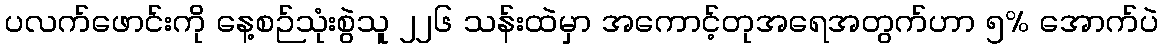
ပလက်ဖောင်းကို နေ့စဉ်သုံးစွဲသူ ၂၂၆ သန်းထဲမှာ အကောင့်တုအရေအတွက်ဟာ ၅% အောက်ပဲ